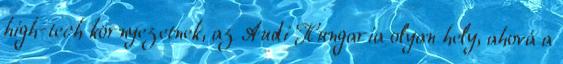
high-tech környezetnek, az Audi Hungaria olyan hely, ahová a